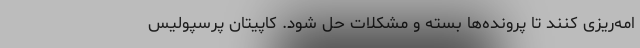
امه‌ریزی کنند تا پرونده‌ها بسته و مشکلات حل شود. کاپیتان پرسپولیس